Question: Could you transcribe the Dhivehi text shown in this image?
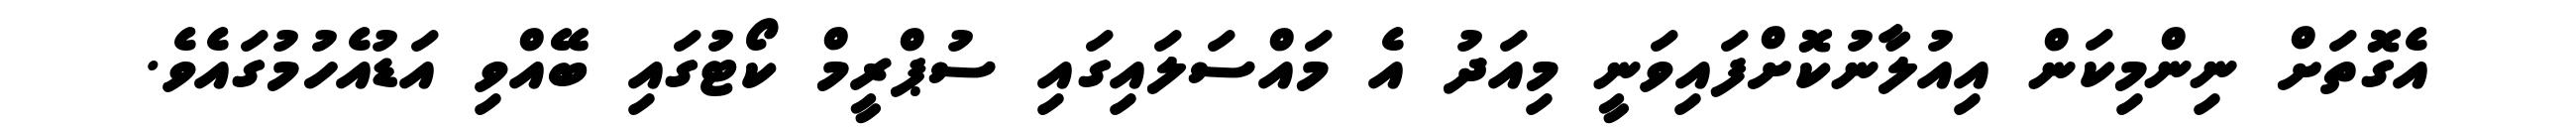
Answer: އެގޮތަށް ނިންމިކަން އިއުލާނުކޮށްފައިވަނީ މިއަދު އެ މައްސަލައިގައި ސުޕްރީމް ކޯޓުގައި ބޭއްވި އަޑުއެހުމުގައެވެ.